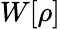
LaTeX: W[\rho]